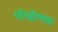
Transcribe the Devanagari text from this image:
परिक्षीणता